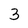
Character: 3